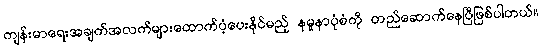
ကျန်းမာရေးအချက်အလက်များထောက်ပံ့ပေးနိုင်မည့် နမူနာပုံစံကို တည်ဆောက်နေပြီဖြစ်ပါတယ်။